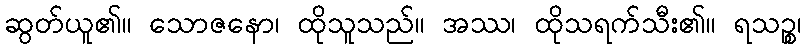
ဆွတ်ယူ၏။ သောဇနော၊ ထိုသူသည်။ အဿ၊ ထိုသရက်သီး၏။ ရသဉ္စ၊